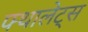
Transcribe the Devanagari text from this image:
फ्थालेट्स